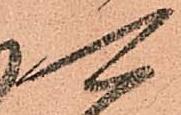
可